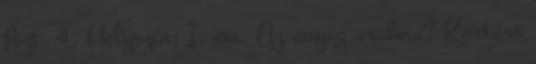
fszt. 4. Helyszín: I. em. Az anyag uralma? Kortárs